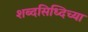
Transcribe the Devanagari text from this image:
शब्दसिध्दिच्या